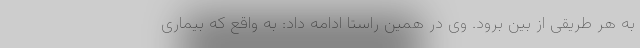
به هر طریقی از بین برود. وی در همین راستا ادامه داد: به واقع که بیماری